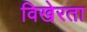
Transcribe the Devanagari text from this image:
विखेरता